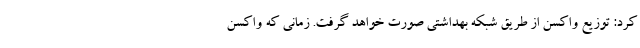
کرد: توزیع واکسن از طریق شبکه بهداشتی صورت خواهد گرفت. زمانی که واکسن